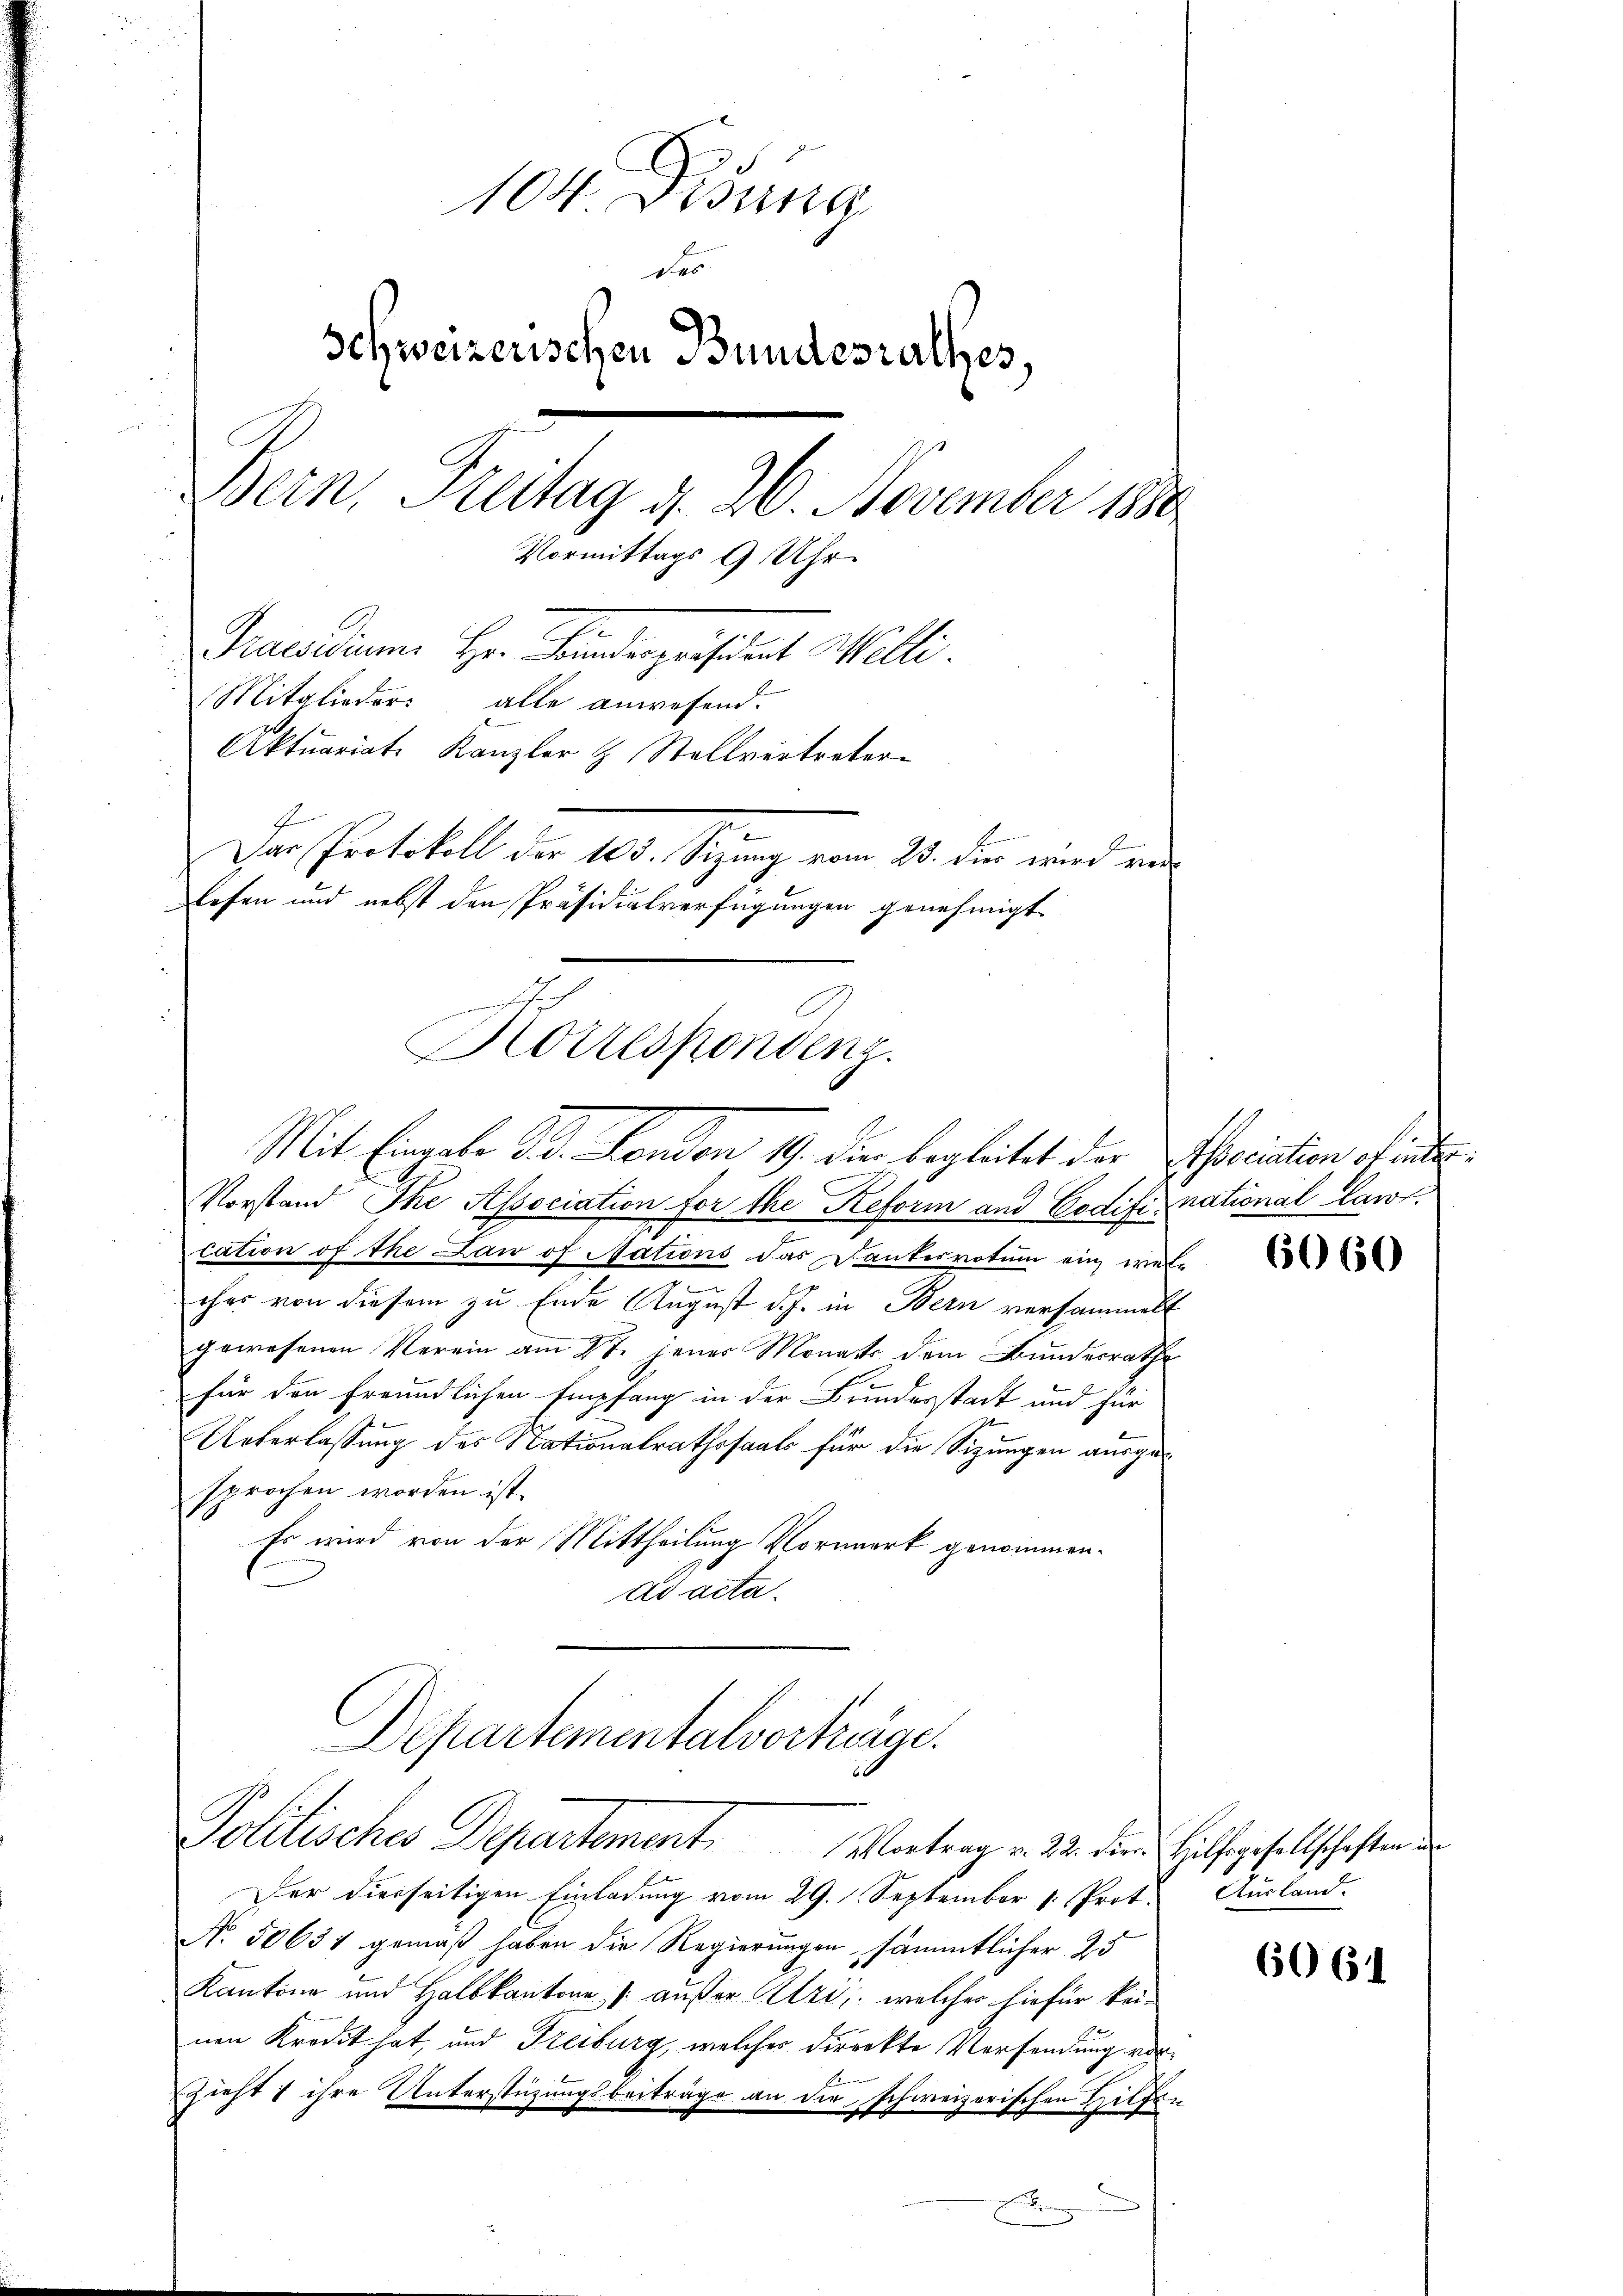
104 Didung
de
Schweizerischen Bundesrathes,
Bern, Freitag d. 20. November 1880
Vormittags 9 Uhr
Praesidium Her Fundespräsident Willi
Mitglieder alle anwesend.
Aktuariat. Kanzler & Stellvertreter
Das Protokoll der 105. Sitzung vom 23. dies wird verlesen und nebst den Präsidialverfügungen genehmigt

Korrespondenz.
Mit Eingabe d. London 19. Dier begleitet der Norication stente

Vorstand Ihe Association for the Reform und Codifikational Law
cation of the Law of Nations das Dankesvotum ein welches von diesem zu Ende August d. J. in Bern versammelt
gewesenen Verein am 27. jener Monats dem Bundesrath
für den freundlichen Empfang in der Bundesstadt und für
Unterlassung des Nationalrathssaals für die Sizungen ausgesprochen worden ist.
Es wird von der Mittheilung Vormerk genommen.
ad acta.
Departementalvorträge.

Politisches Departement. Montrag v. 22. der Hilfsgesellschaften

Der diesseitigen Einladung vom 29. September 1. Prot.
No 50631 gemäß haben die Regierungen sämmtlicher 25
Kantone und Halbkantone /: außer Uri, welcher hiefür keinen Kredit hat, und Freiburg, welches direkte Verfandung vor¬
Zieht & ihre Unterstützungsbeiträge an die schweizerischen Hilfen
E

6060

Ausland.

6064